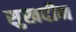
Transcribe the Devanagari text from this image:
सुखदीन